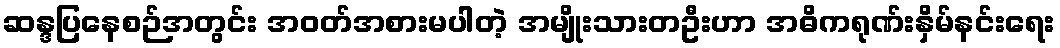
ဆန္ဒပြနေစဉ်အတွင်း အဝတ်အစားမပါတဲ့ အမျိုးသားတဦးဟာ အဓိကရုဏ်းနှိမ်နင်းရေး